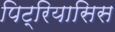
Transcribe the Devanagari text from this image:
पिट्रियासिस